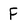
Character: F